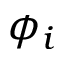
\phi _ { i }